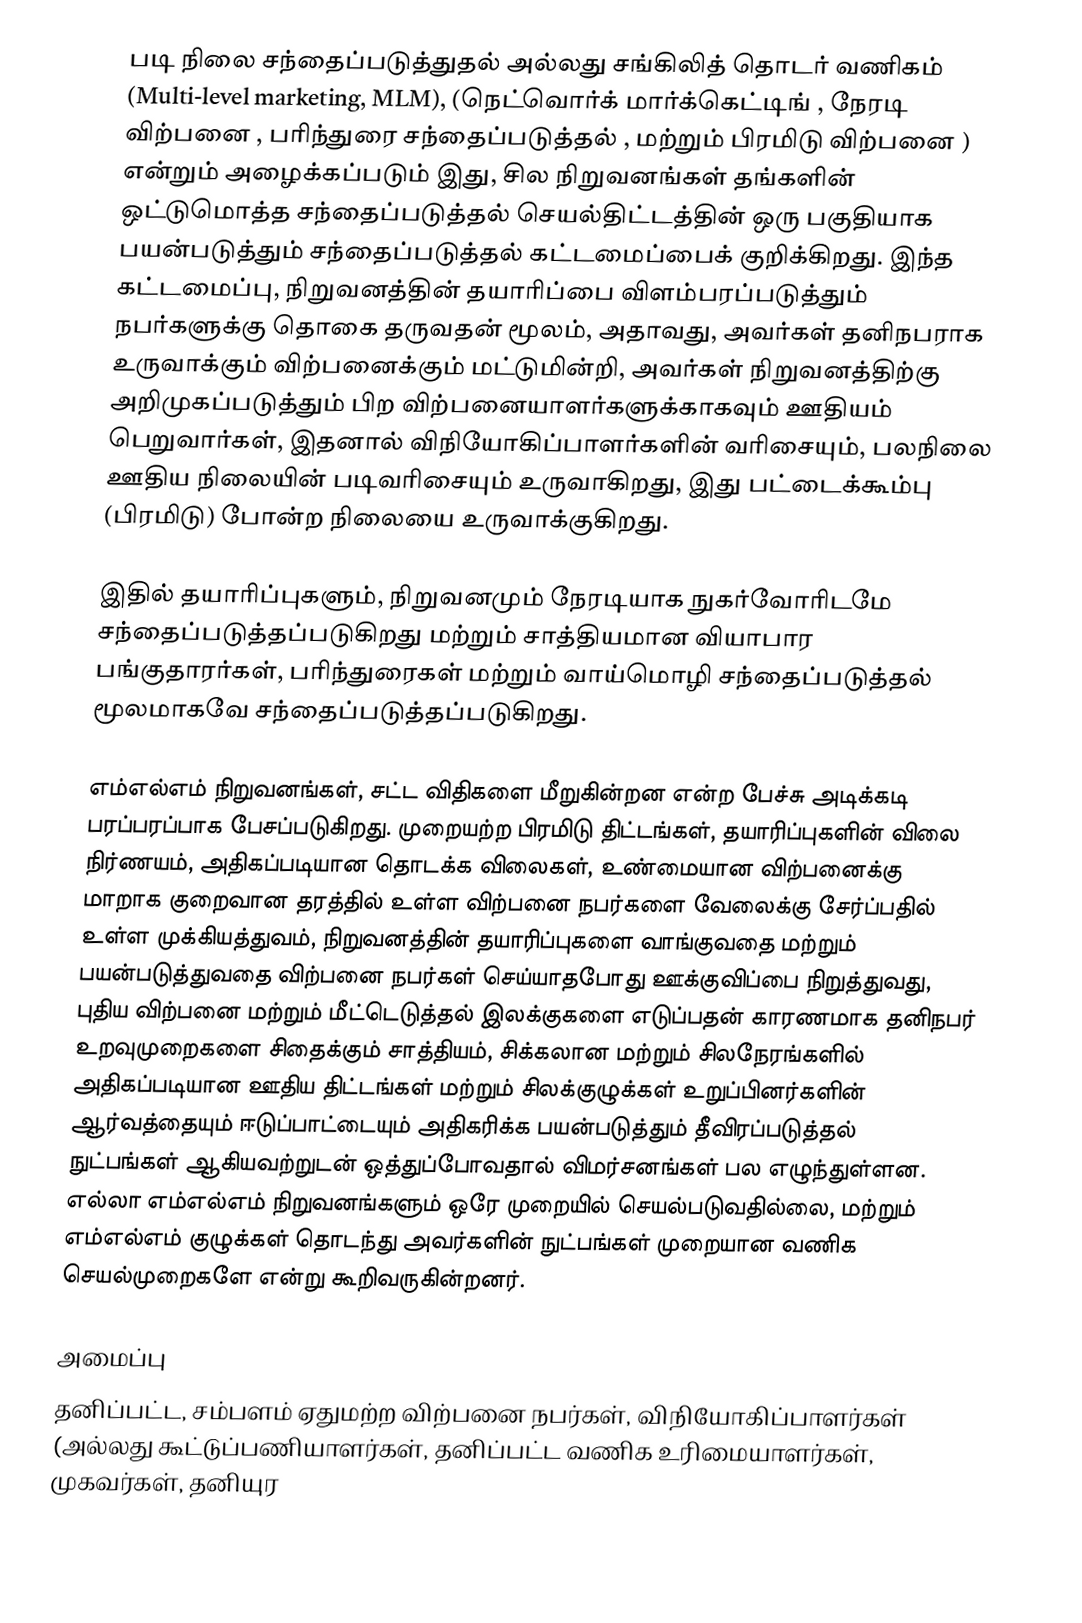
படி நிலை சந்தைப்படுத்துதல் அல்லது சங்கிலித் தொடர் வணிகம் (Multi-level marketing, MLM), (நெட்வொர்க் மார்க்கெட்டிங் , நேரடி விற்பனை , பரிந்துரை சந்தைப்படுத்தல் , மற்றும் பிரமிடு விற்பனை ) என்றும் அழைக்கப்படும் இது, சில நிறுவனங்கள் தங்களின் ஒட்டுமொத்த சந்தைப்படுத்தல் செயல்திட்டத்தின் ஒரு பகுதியாக பயன்படுத்தும் சந்தைப்படுத்தல் கட்டமைப்பைக் குறிக்கிறது. இந்த கட்டமைப்பு, நிறுவனத்தின் தயாரிப்பை விளம்பரப்படுத்தும் நபர்களுக்கு தொகை தருவதன் மூலம், அதாவது, அவர்கள் தனிநபராக உருவாக்கும் விற்பனைக்கும் மட்டுமின்றி, அவர்கள் நிறுவனத்திற்கு அறிமுகப்படுத்தும் பிற விற்பனையாளர்களுக்காகவும் ஊதியம் பெறுவார்கள், இதனால் விநியோகிப்பாளர்களின் வரிசையும், பலநிலை ஊதிய நிலையின் படிவரிசையும் உருவாகிறது, இது பட்டைக்கூம்பு (பிரமிடு) போன்ற நிலையை உருவாக்குகிறது.

இதில் தயாரிப்புகளும், நிறுவனமும் நேரடியாக நுகர்வோரிடமே சந்தைப்படுத்தப்படுகிறது மற்றும் சாத்தியமான வியாபார பங்குதாரர்கள், பரிந்துரைகள் மற்றும் வாய்மொழி சந்தைப்படுத்தல் மூலமாகவே சந்தைப்படுத்தப்படுகிறது.

எம்எல்எம் நிறுவனங்கள், சட்ட விதிகளை மீறுகின்றன என்ற பேச்சு அடிக்கடி பரப்பரப்பாக பேசப்படுகிறது. முறையற்ற பிரமிடு திட்டங்கள், தயாரிப்புகளின் விலை நிர்ணயம், அதிகப்படியான தொடக்க விலைகள், உண்மையான விற்பனைக்கு மாறாக குறைவான தரத்தில் உள்ள விற்பனை நபர்களை வேலைக்கு சேர்ப்பதில் உள்ள முக்கியத்துவம், நிறுவனத்தின் தயாரிப்புகளை வாங்குவதை மற்றும் பயன்படுத்துவதை விற்பனை நபர்கள் செய்யாதபோது ஊக்குவிப்பை நிறுத்துவது, புதிய விற்பனை மற்றும் மீட்டெடுத்தல் இலக்குகளை எடுப்பதன் காரணமாக தனிநபர் உறவுமுறைகளை சிதைக்கும் சாத்தியம், சிக்கலான மற்றும் சிலநேரங்களில் அதிகப்படியான ஊதிய திட்டங்கள் மற்றும் சிலக்குழுக்கள் உறுப்பினர்களின் ஆர்வத்தையும் ஈடுப்பாட்டையும் அதிகரிக்க பயன்படுத்தும் தீவிரப்படுத்தல் நுட்பங்கள் ஆகியவற்றுடன் ஒத்துப்போவதால் விமர்சனங்கள் பல எழுந்துள்ளன. எல்லா எம்எல்எம் நிறுவனங்களும் ஒரே முறையில் செயல்படுவதில்லை, மற்றும் எம்எல்எம் குழுக்கள் தொடந்து அவர்களின் நுட்பங்கள் முறையான வணிக செயல்முறைகளே என்று கூறிவருகின்றனர்.

அமைப்பு
தனிப்பட்ட, சம்பளம் ஏதுமற்ற விற்பனை நபர்கள், விநியோகிப்பாளர்கள் (அல்லது கூட்டுப்பணியாளர்கள், தனிப்பட்ட வணிக உரிமையாளர்கள், முகவர்கள், தனியுர